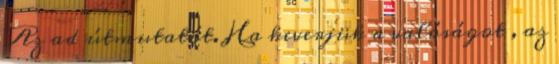
Az ad útmutatót. Ha keverjük a valóságot , az